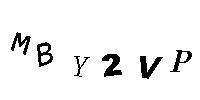
MBY2VP